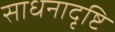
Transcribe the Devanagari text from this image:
साधनादृष्टि